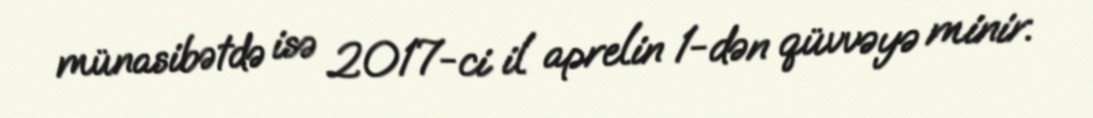
münasibətdə isə 2017-ci il aprelin 1-dən qüvvəyə minir.